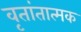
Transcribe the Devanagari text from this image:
वृतांतात्मक